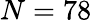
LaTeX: N=78